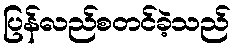
ပြန်လည်စတင်ခဲ့သည်